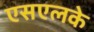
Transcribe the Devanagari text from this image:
एसएलके